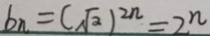
b _ { n } = ( \sqrt { 2 } ) ^ { 2 n } = 2 ^ { n }